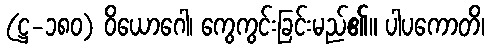
(ဋ္ဌ-၁၈၀) ဝိယောဂေါ၊ ကွေကွင်းခြင်းမည်၏။ ပါပကောတိ၊